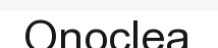
Onoclea